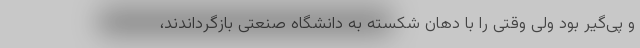
و پی‌گیر بود ولی وقتی را با دهان شکسته به دانشگاه صنعتی بازگرداندند،